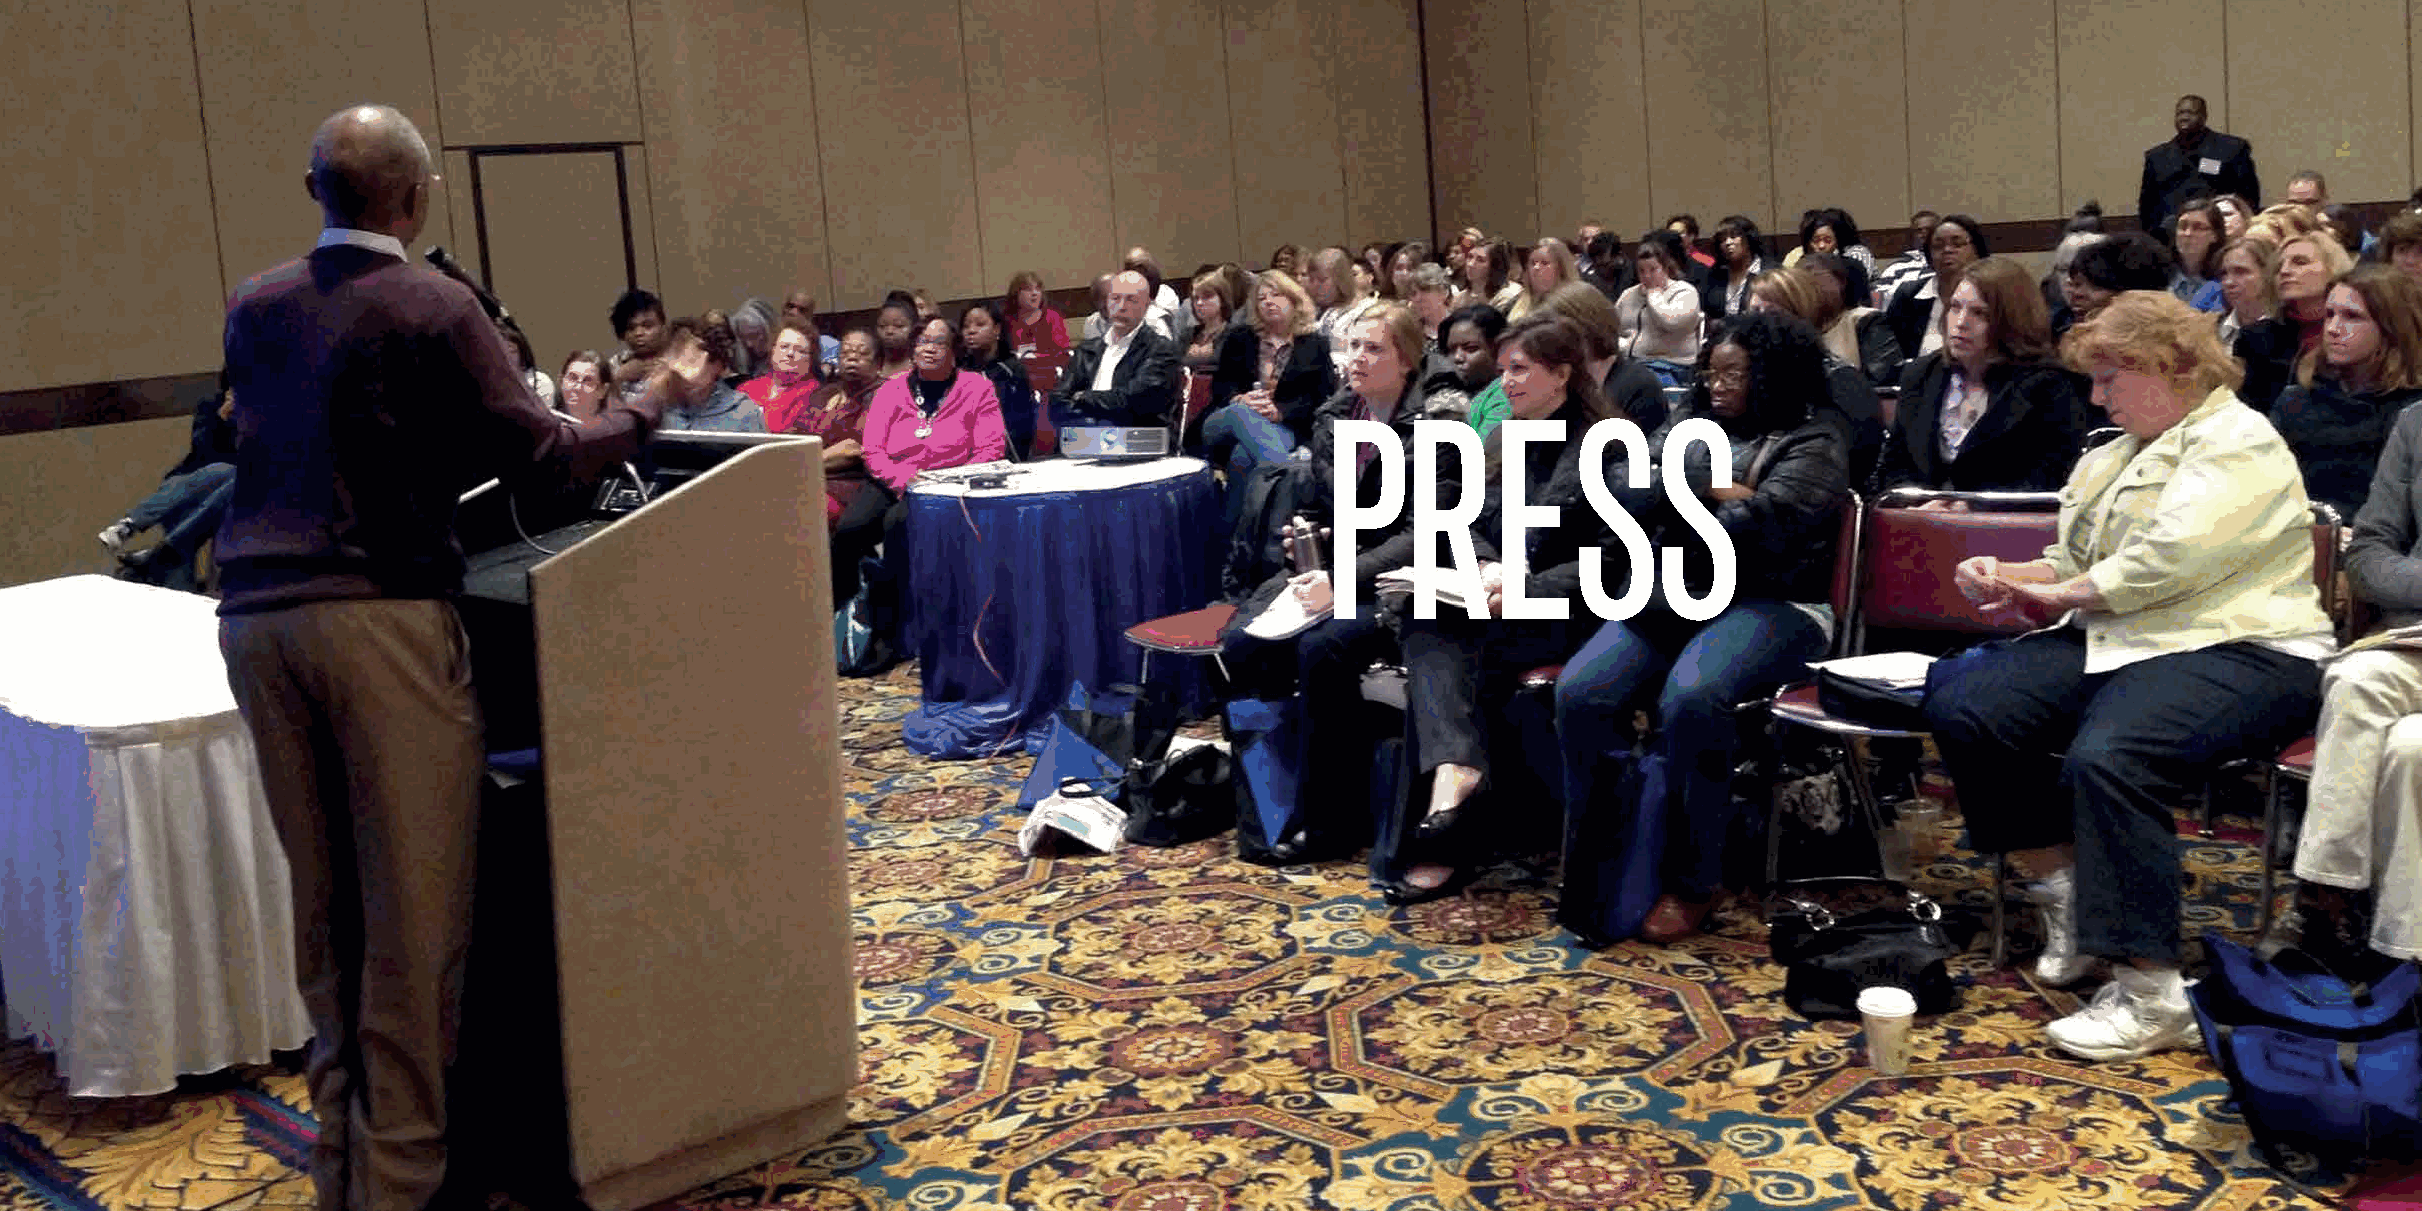
39                                                                                                                                                       40
 PRESS